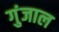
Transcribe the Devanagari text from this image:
गुंजाल